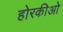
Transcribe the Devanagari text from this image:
होरकीओ